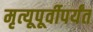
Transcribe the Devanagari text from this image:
मृत्यूपूर्वीपर्यंत